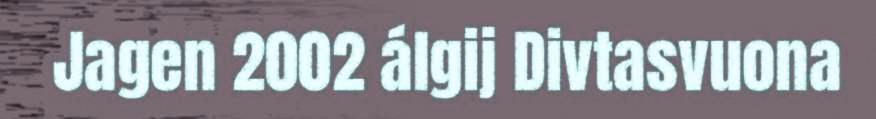
Jagen 2002 álgij Divtasvuona